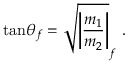
\mathrm { t a n } \theta _ { f } = \sqrt { \left| { \frac { m _ { 1 } } { m _ { 2 } } } \right| } _ { f } ~ .